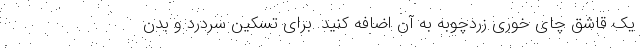
یک قاشق چای خوری زردچوبه به آن اضافه کنید. برای تسکین سردرد و بدن